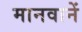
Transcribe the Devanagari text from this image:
मानवानें